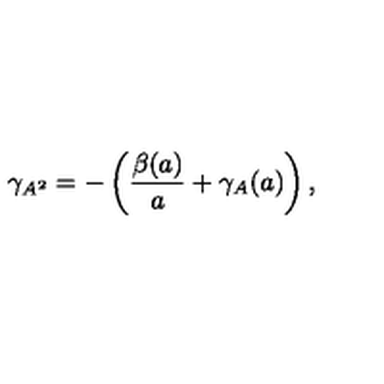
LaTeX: \gamma _ { A ^ { 2 } } = - \left( \frac { \beta ( a ) } { a } + \gamma _ { A } ( a ) \right) ,